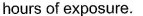
hours of exposure.